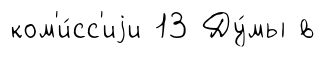
ком'и́сс'иjи 13 Ду́мы в